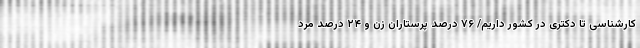
کارشناسی تا دکتری در کشور داریم/ ۷۶ درصد پرستاران زن و ۲۴ درصد مرد